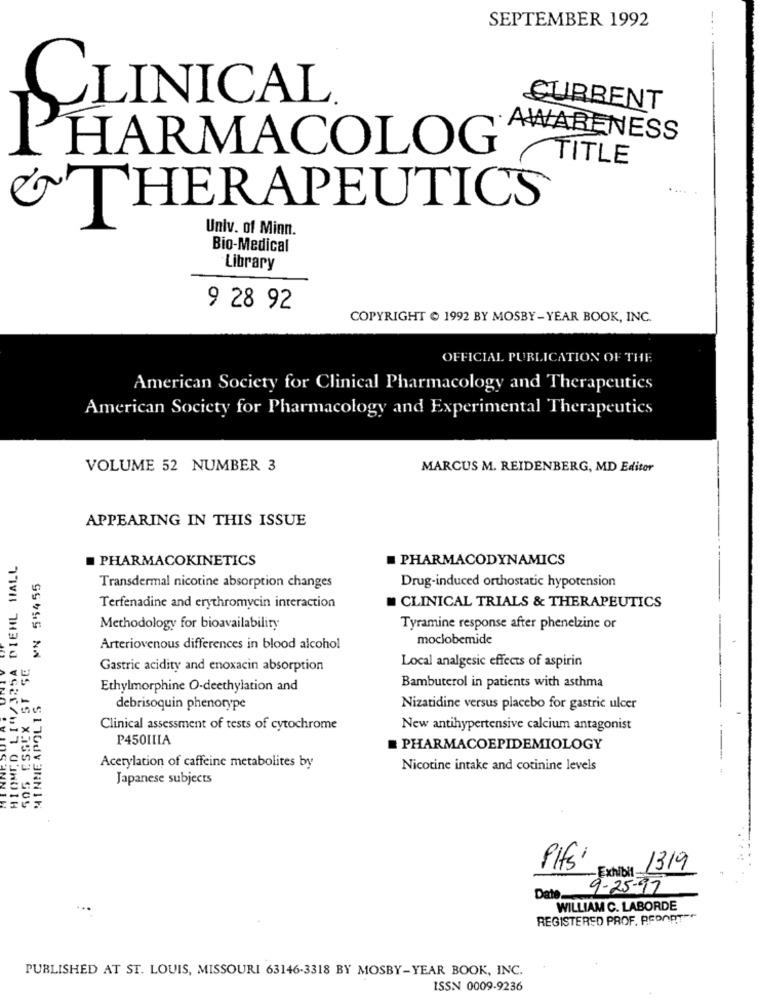
SEPTEMBER 1992
LINICAL
CURRENT
AWARENESS
PHARMACOLOG
TITLE
T
HERAPEUTICS
Univ. of Minn.
Bio-Medical
Library
9 28 92
COPYRIGHT & 1992 BY MOSBY-YEAR BOOK, INC.
OFFICIAL PUBLICATION OF THE
American Society for Clinical Pharmacology and Therapeutics
American Society for Pharmacology and Experimental Therapeutics
VOLUME 52 NUMBER 3
MARCUS M. REIDENBERG, MD Editor
APPEARING IN THIS ISSUE
HIOMED LIN/325A DIEHL HALL
PHARMACOKINETICS
PHARMACODYNAMICS
MN 55455
Drug-induced orthostatic hypotension
Transdermal nicotine absorption changes
Terfenadine and erythromycin interaction
CLINICAL TRIALS & THERAPEUTICS
Methodology for bioavailability
Tyramine response after phenelzine or
moclobemide
Arteriovenous differences in blood alcohol
Gastric acidity and enoxacin absorption
Local analgesic effects of aspirin
Ethylmorphine O-deethylation and
Bambuterol in patients with asthma
debrisoquin phenotype
Nizatidine versus placebo for gastric ulcer
OS IS
Clinical assessment of tests of cytochrome
New antihypertensive calcium antagonist
P450IIIA
PHARMACOEPIDEMIOLOGY
Acetylation of caffeine metabolites by
Nicotine intake and cotinine levels
Japanese subjects
PHs'
1319
-Exhibit-
9-25-97
Date.
WILLIAM C. LABORDE
REGISTERED PROF. REPORT""
PUBLISHED AT ST. LOUIS, MISSOURI 63146-3318 BY MOSBY-YEAR BOOK, INC.
ISSN 0009-9236